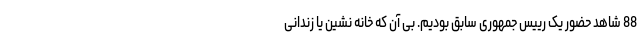
88 شاهد حضور یک رییس جمهوری سابق بودیم. بی آن که خانه نشین یا زندانی